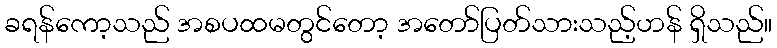
ခရန်ကော့သည် အစပထမတွင်တော့ အတော်ပြတ်သားသည့်ဟန် ရှိသည်။